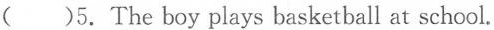
()5. The boy plays basketball at school.